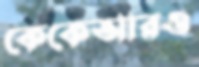
কেকেআরও